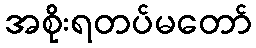
အစိုးရတပ်မတော်